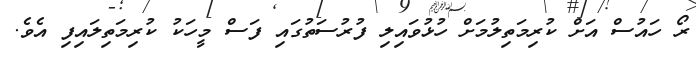
ރޯ ހައުސް އަށް ކުރިމަތިލުމަށް ހުޅުވައިލި ފުރުސަތުގައި ފަސް މީހަކު ކުރިމަތިލައިފި އެވެ.